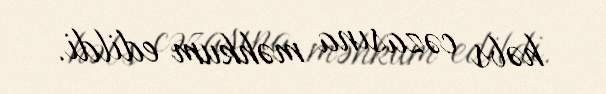
həbs cəzasına məhkum edildi.